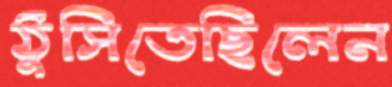
ঠুসিতেছিলেন